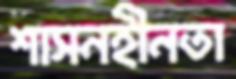
শাসনহীনতা